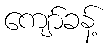
ကျော်ခန့်